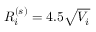
R _ { i } ^ { ( s ) } = 4 . 5 \sqrt { V _ { i } }